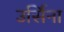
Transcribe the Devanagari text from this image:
उर्सिना